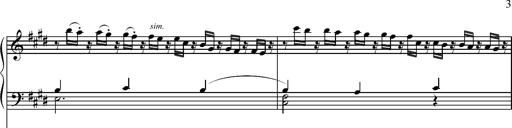
Title: Pilgerchor aus TannhÃ¤user
Composer: Franz Liszt